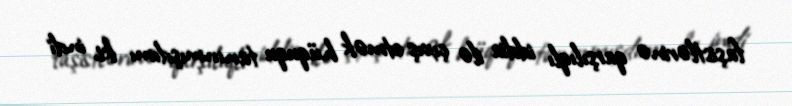
faşistlərinə qarşılıqlı iddia ilə çıxış etmək hüququ tanınmışdımı ki, indi